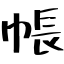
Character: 帳